Report of the Indian Hemp Drugs Commission, 1894-1895 - Volume VII
Year: 1894
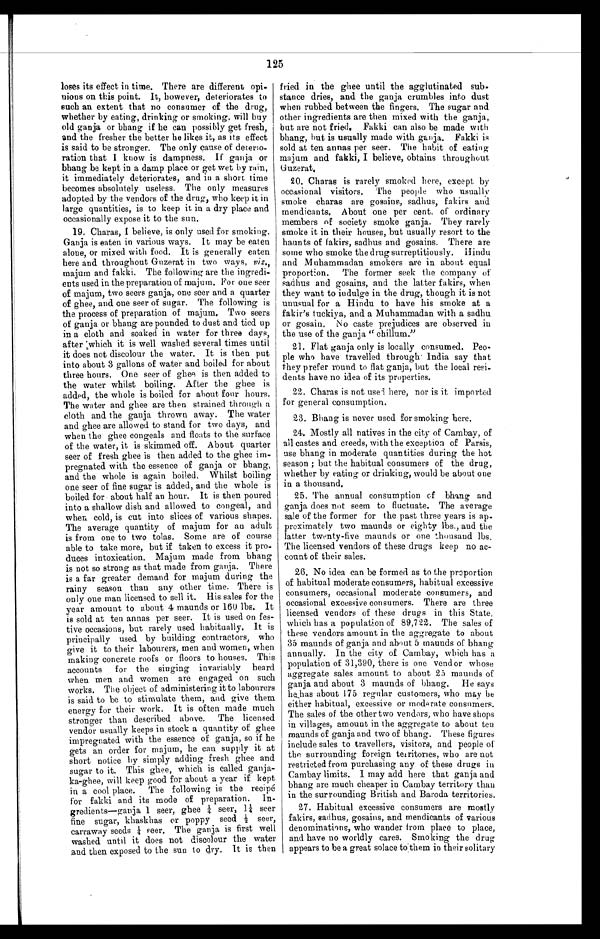
125
loses its effect in time. There are different opi
-
nions on this point. It, however, deteriorates to
such an extent that no consumer of the drug,
whether by eating, drinking or smoking, will buy
old ganja or bhang if he can possibly get fresh,
and the fresher the better he likes it, as its effect
is said to be stronger. The only cause of deterio--
ration that I know is dampness. If ganja or
bhang be kept in a damp place or get wet by rain,
it immediately deteriorates, and in a short time
becomes absolutely useless. The only measures
adopted by the vendors of the drug, who keep it in
large quantities, is to keep it in a dry place and
occasionally expose it to the sun.
19. Charas, I believe, is only used for smoking.
Ganja is eaten in various ways. It may be eaten
alone, or mixed with food. It is generally eaten
here and throughout Guzerat in two ways, viz.,
majum and fakki. The following are the ingredi--
ents used in the preparation of majum. For one seer
of majum, two seers ganja, one seer and a quarter
of ghee, and one seer of sugar. The following is
the process of preparation of majum. Two seers
of ganja or bhang are pounded to dust and tied up
in a cloth and soaked in water for three days,
after which it is well washed several times until
it does not discolour the water. It is then put
into about 3 gallons of water and boiled for about
three hours. One seer of ghee is then added to
the water whilst boiling. After the ghee is
added, the whole is boiled for about four hours.
The water and ghee are then strained through a
cloth and the ganja thrown away. The water
and ghee are allowed to stand for two days, and
when the ghee congeals and floats to the surface
of the water, it is skimmed off. About quarter
seer of fresh ghee is then added to the ghee im-
-pregnated with the essence of ganja or bhang,
and the whole is again boiled. Whilst boiling
one seer of fine sugar is added, and the whole is
boiled for about half an hour. It is then poured
into a shallow dish and allowed to congeal, and
when cold, is cut into slices of various shapes.
The average quantity of majum for an adult
is from one to two tolas. Some are of course
able to take more, but if taken to excess it pro--
duces intoxication. Majum made from bhang
is not so strong as that made from ganja. There
is a far greater demand for majum during the
rainy season than any other time. There is
only one man licensed to sell it. His sales for the
year amount to about 4 maunds or 160 lbs. It
is sold at ten annas per seer. It is used on fes-
-tive occasions, but rarely used habitually. It is
principally used by building contractors, who
give it to their labourers, men and women, when
making concrete roofs or floors to houses. This
accounts for the singing invariably heard
when men and women are engaged on such
works. The object of administering it to labourers
is said to be to stimulate them, and give them
energy for their work. It is often made much
stronger than described above. The licensed
vendor usually keeps in stock a quantity of ghee
impregnated with the essence of ganja, so if he
gets an order for majum, he can supply it at
short notice by simply adding fresh ghee and
sugar to it. This ghee, which is called ganja-
ka-ghee, will keep good for about a year if kept
in a cool place. The following is the recipé
for fakki and its mode of preparation. In
-
gredients—ganja 1 seer, ghee ¼ seer, 1¼ seer
fine sugar, khaskhas or poppy seed ½ seer,
carraway seeds ¼ seer. The ganja is first well
washed until it does not discolour the water
and then exposed to the sun to dry. It is then
fried in the ghee until the agglutinated sub-
stance dries, and the ganja crumbles into dust
when rubbed between the fingers. The sugar and
other ingredients are then mixed with the ganja,
but are not fried. Fakki can also be made with
bhang, but is usually made with ganja. Fakki is
sold at ten annas per seer. The habit of eating
majum and fakki, I believe, obtains throughout
Guzerat.
20. Charas is rarely smoked here, except by
occasional visitors. The people who usually
smoke charas are gosains, sadhus, fakirs and
mendicants. About one per cent. of ordinary
members of society smoke ganja. They rarely
smoke it in their houses, but usually resort to the
haunts of fakirs, sadhus and gosains. There are
some who smoke the drug surreptitiously. Hindu
and Muhammadan smokers are in about equal
proportion. The former seek the company of
sadhus and gosains, and the latter fakirs, when
they want to indulge in the drug, though it is not
unusual for a Hindu to have his smoke at a
fakir's tuckiya, and a Muhammadan with a sadhu
or gosain. No caste prejudices are observed in
the use of the ganja "chillum."
21. Flat ganja only is locally consumed. Peo-
- p l e w h o h a v e t r a v e l l e d t h r o u g h I n d i a , s a y t h a t
they prefer round to flat ganja, but the local resi--
dents have no idea of its properties.
22. Charas is not used here, nor is it imported
for general consumption.
23. Bhang is never used for smoking here.
24. Mostly all natives in the city of Cambay, of
all castes and creeds, with the exception of Parsis,
use bhang in moderate quantities during the hot
season ; but the habitual consumers of the drug,
whether by eating or drinking, would be about one
in a thousand.
25. The annual consumption of bhang and
ganja does not seem to fluctuate. The average
sale of the former for the past three years is ap--
proximately two maunds or eighty lbs., and the
latter twenty-five maunds or one thousand lbs.
The licensed vendors of these drugs keep no ac--
count of their sales.
26. No idea can be formed as to the proportion
of habitual moderate consumers, habitual excessive
consumers, occasional moderate consumers, and
occasional excessive consumers. There are three
licensed vendors of these drugs in this State,
which has a population of 89,722. The sales of
these vendors amount in the aggregate to about
35 maunds of ganja and about 5 maunds of bhang
annually. In the city of Cambay, which has a
population of 31,390, there is one vend or whose
aggregate sales amount to about 25 mounds of
ganja and about 3 maunds of bhang. He says
he has about 175 regular customers, who may be
either habitual, excessive or moderate consumers.
The sales of the other two vendors, who have shops
in villages, amount in the aggregate to about ten
maunds of ganja and two of bhang. These figures
include sales to travellers, visitors, and people of
the surrounding foreign territories, who are not
restricted from purchasing any of these drugs in
Cambay limits. I may add here that ganja and
bhang are much cheaper in Cambay territory than
in the surrounding British and Baroda territories.
27. Habitual excessive consumers are mostly
fakirs, sadhus, gosains, and mendicants of various
denominations, who wander from place to place,
and have no worldly cares. Smoking the drug
appears to be a great solace to them in their solitary